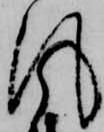
風